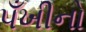
પઁખીનો